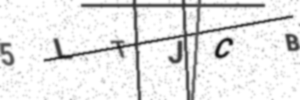
Text: 5LTJCB